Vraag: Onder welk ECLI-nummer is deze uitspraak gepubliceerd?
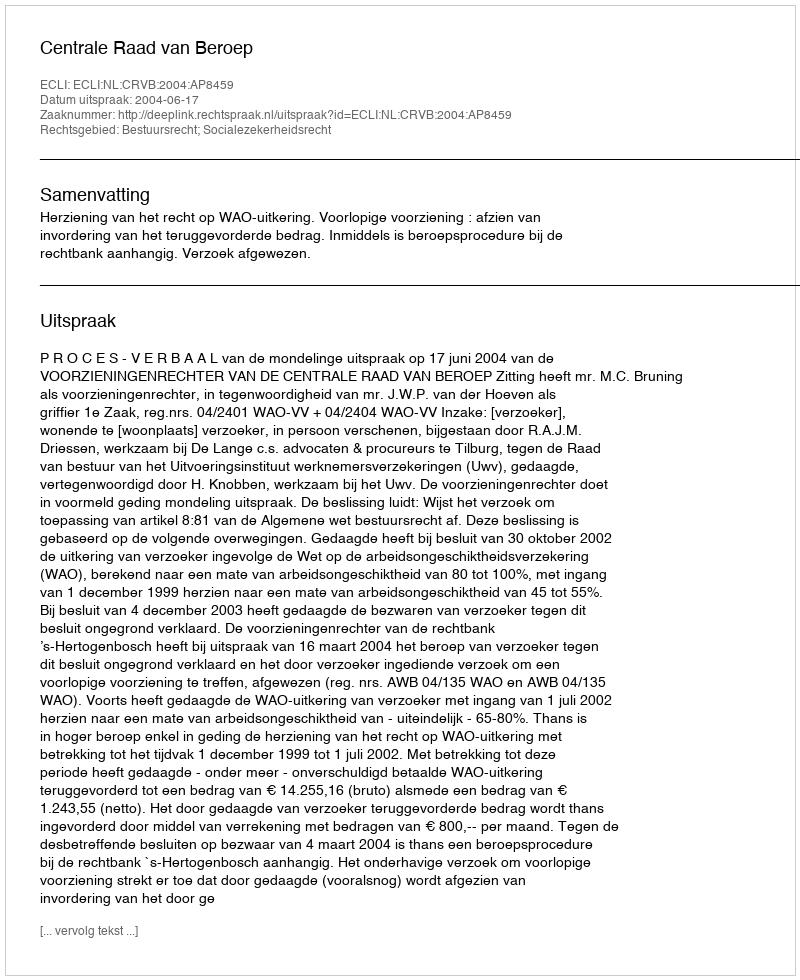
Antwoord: ECLI:NL:CRVB:2004:AP8459